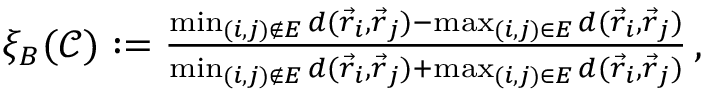
\begin{array} { r } { \xi _ { B } ( \mathcal { C } ) : = \frac { \operatorname* { m i n } _ { ( i , j ) \notin E } d ( \vec { r } _ { i } , \vec { r } _ { j } ) - \operatorname* { m a x } _ { ( i , j ) \in E } d ( \vec { r } _ { i } , \vec { r } _ { j } ) } { \operatorname* { m i n } _ { ( i , j ) \notin E } d ( \vec { r } _ { i } , \vec { r } _ { j } ) + \operatorname* { m a x } _ { ( i , j ) \in E } d ( \vec { r } _ { i } , \vec { r } _ { j } ) } \, , } \end{array}